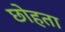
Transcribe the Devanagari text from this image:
छोहता